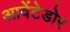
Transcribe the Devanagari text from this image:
आवेंटेडोर